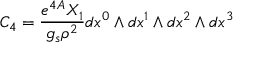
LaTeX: C _ { 4 } = { \frac { e ^ { 4 A } X _ { 1 } } { g _ { s } \rho ^ { 2 } } } d x ^ { 0 } \wedge d x ^ { 1 } \wedge d x ^ { 2 } \wedge d x ^ { 3 }